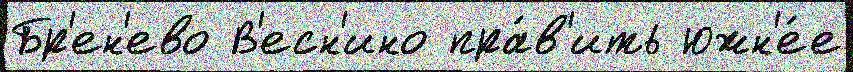
Бр'ен'ево В'есн'ино пра́в'ить южн'е́е